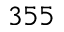
3 5 5